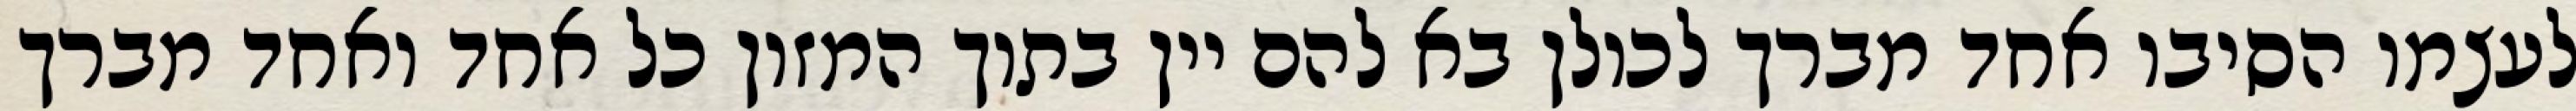
לעצמו הסיבו אחד מברך לכולן בא להם יין בתוך המזון כל אחד ואחד מברך